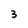
Character: 3